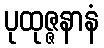
ပုထုဇ္ဇနာနံ